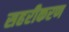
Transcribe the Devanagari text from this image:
सहरीकरण